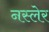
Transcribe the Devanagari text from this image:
नस्लेर